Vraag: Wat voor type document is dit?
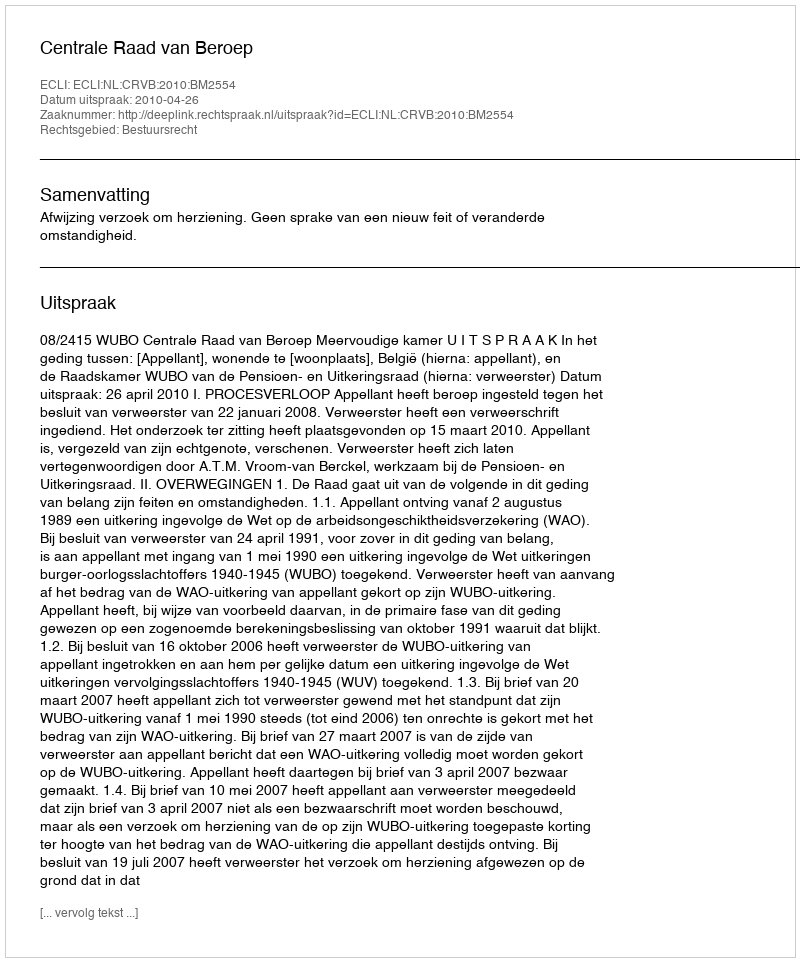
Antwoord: Uitspraak